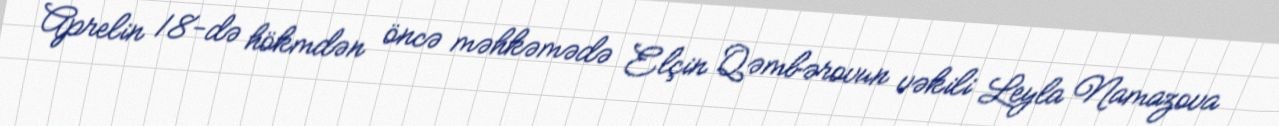
Aprelin 18-də hökmdən öncə məhkəmədə Elçin Qəmbərovun vəkili Leyla Namazova